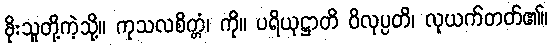
ခိုးသူတို့ကဲ့သို့။ ကုသလစိတ္တံ၊ ကို။ ပရိယုဋ္ဌာတိ ဝိလုပ္ပတိ၊ လုယက်တတ်၏။